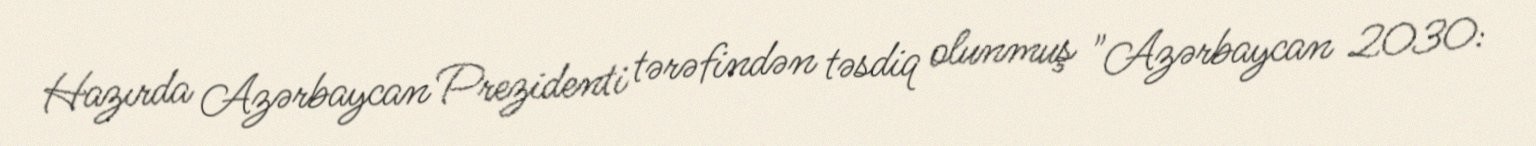
Hazırda Azərbaycan Prezidenti tərəfindən təsdiq olunmuş "Azərbaycan 2030: